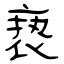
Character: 亵